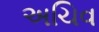
અચિવ